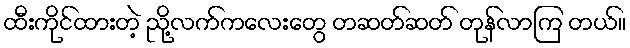
ထီးကိုင်ထားတဲ့ ညို့လက်ကလေးတွေ တဆတ်ဆတ် တုန်လာကြ တယ်။